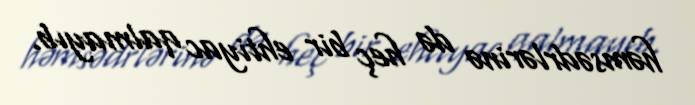
həmsədrlərinə də heç bir ehtiyac qalmayıb.